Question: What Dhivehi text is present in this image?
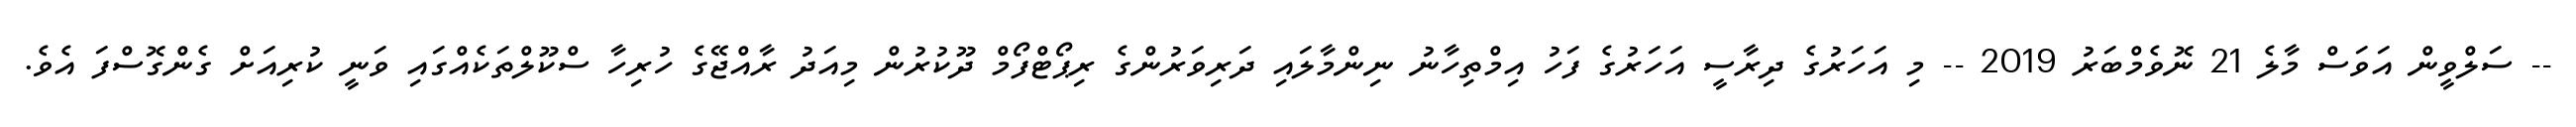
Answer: -- ސަލްވީން އަވަސް މާލެ 21 ނޮވެމްބަރު 2019 -- މި އަހަރުގެ ދިރާސީ އަހަރުގެ ފަހު އިމްތިހާނު ނިންމާލައި ދަރިވަރުންގެ ރިޕޯޓްފޯމް ދޫކުރުން މިއަދު ރާއްޖޭގެ ހުރިހާ ސްކޫލްތަކެއްގައި ވަނީ ކުރިއަށް ގެންގޮސްފަ އެވެ.